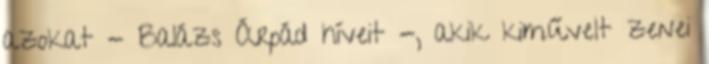
azokat - Balázs Árpád híveit -, akik kiművelt zenei